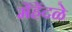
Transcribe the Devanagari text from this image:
मेंहेंदळे